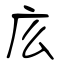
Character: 庅